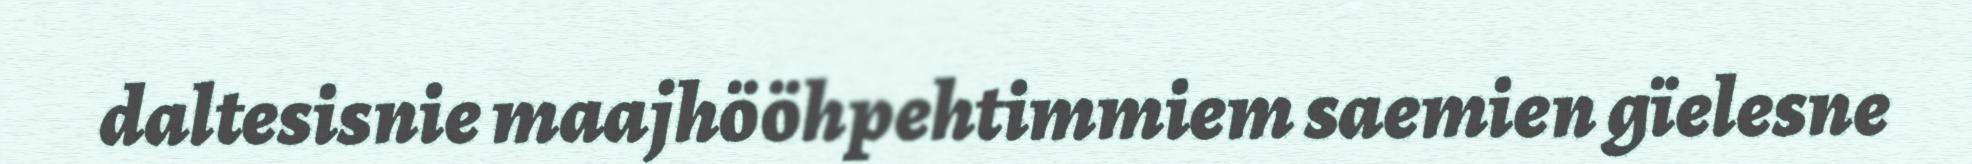
daltesisnie maajhööhpehtimmiem saemien gïelesne